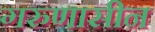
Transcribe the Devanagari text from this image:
गरुणासीन